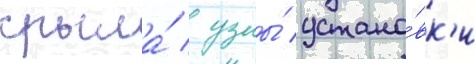
крыла́ / узлы́ устано́вк'и